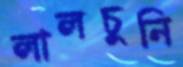
লালচুনি